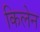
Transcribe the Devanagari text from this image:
किलेन